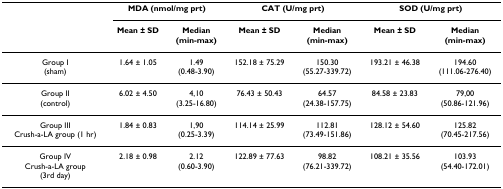
<table><thead><tr><td></td><td colspan="2"><b>MDA (nmol/mg prt)</b></td><td colspan="2"><b>CAT (U/mg prt)</b></td><td colspan="2"><b>SOD (U/mg prt)</b></td></tr><tr><td></td><td><b>Mean ± SD</b></td><td><b>Median(min-max)</b></td><td><b>Mean ± SD</b></td><td><b>Median(min-max)</b></td><td><b>Mean ± SD</b></td><td><b>Median(min-max)</b></td></tr></thead><tbody><tr><td>Group I(sham)</td><td>1.64 ± 1.05</td><td>1.49(0.48-3.90)</td><td>152.18 ± 75.29</td><td>150.30(55.27-339.72)</td><td>193.21 ± 46.38</td><td>194.60(111.06-276.40)</td></tr><tr><td>Group II(control)</td><td>6.02 ± 4.50</td><td>4,10(3.25-16.80)</td><td>76.43 ± 50.43</td><td>64.57(24.38-157.75)</td><td>84.58 ± 23.83</td><td>79,00(50.86-121.96)</td></tr><tr><td>Group IIICrush-a-LA group (1 hr)</td><td>1.84 ± 0.83</td><td>1,90(0.25-3.39)</td><td>114.14 ± 25.99</td><td>112.81(73.49-151.86)</td><td>128.12 ± 54.60</td><td>125.82(70.45-217.56)</td></tr><tr><td>Group IVCrush-a-LA group(3rd day)</td><td>2.18 ± 0.98</td><td>2.12(0.60-3.90)</td><td>122.89 ± 77.63</td><td>98.82(76.21-339.72)</td><td>108.21 ± 35.56</td><td>103.93(54.40-172.01)</td></tr></tbody></table>